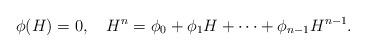
LaTeX: \begin{align*}\phi(H)=0, \ \ \ H^{n}=\phi_{0}+\phi_{1} H+\cdots+\phi_{n-1} H^{n-1}.\end{align*}